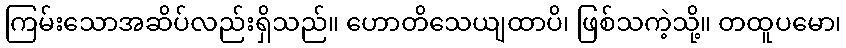
ကြမ်းသောအဆိပ်လည်းရှိသည်။ ဟောတိသေယျထာပိ၊ ဖြစ်သကဲ့သို့။ တထူပမော၊